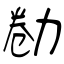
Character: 勌